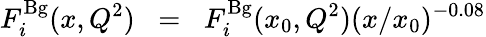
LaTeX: F_{i}^{\mathrm{Bg}}(x,Q^{2})\; \; =\; \; F_{i}^{\mathrm{Bg}}(x_{0},Q^{2})(x/x_{0})^{-0.08}